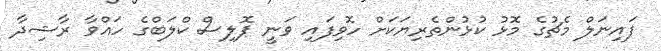
ފައިނަލް މެޗުގެ މޮޅު ކުޅުންތެރިޔަކަށް ހޮވިފައި ވަނީ ޕޮލިސް ކްލަބްގެ ހައްވާ ރާޝިދާ